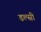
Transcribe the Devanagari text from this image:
डल्सी